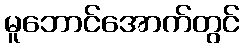
မူဘောင်အောက်တွင်